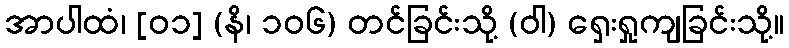
အာပါထံ၊ [၀၁] (နိ၊ ၁၀၆) တင်ခြင်းသို့ (ဝါ) ရှေးရှုကျခြင်းသို့။